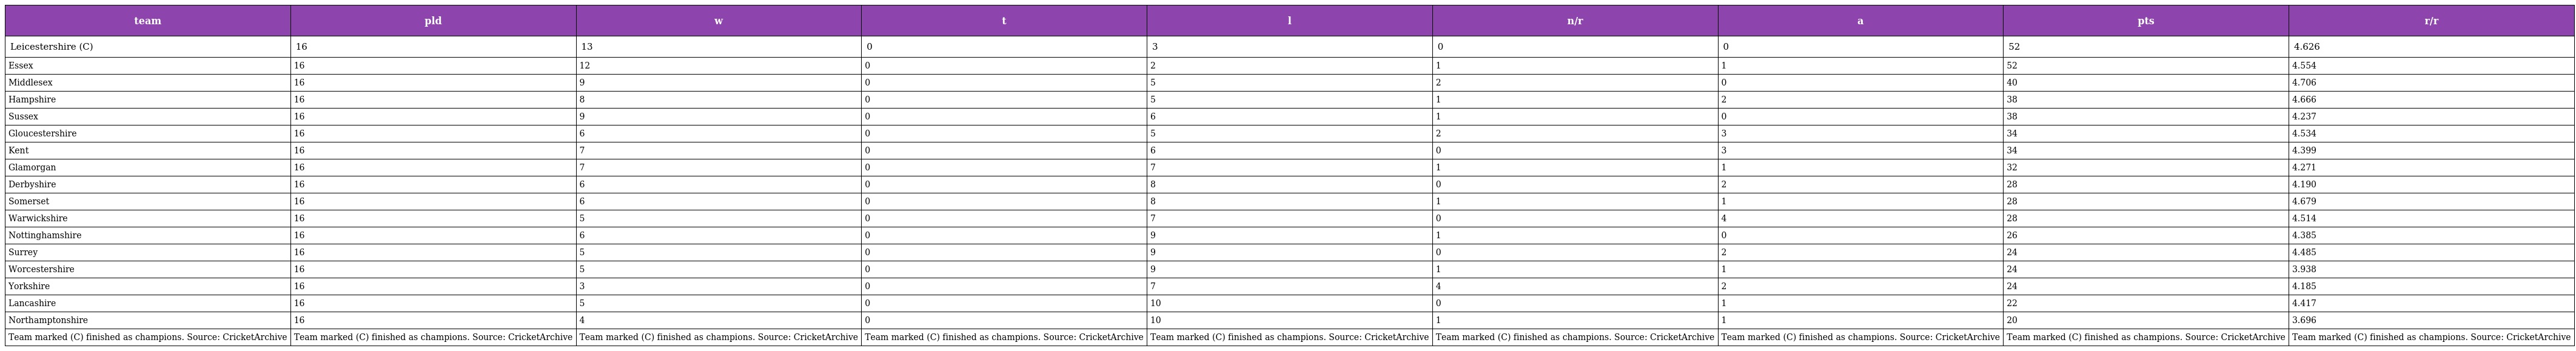
| team | pld | w | t | l | n/r | a | pts | r/r |
 | --- | --- | --- | --- | --- | --- | --- | --- | --- |
 | Leicestershire (C) | 16 | 13 | 0 | 3 | 0 | 0 | 52 | 4.626 |
 | Essex | 16 | 12 | 0 | 2 | 1 | 1 | 52 | 4.554 |
 | Middlesex | 16 | 9 | 0 | 5 | 2 | 0 | 40 | 4.706 |
 | Hampshire | 16 | 8 | 0 | 5 | 1 | 2 | 38 | 4.666 |
 | Sussex | 16 | 9 | 0 | 6 | 1 | 0 | 38 | 4.237 |
 | Gloucestershire | 16 | 6 | 0 | 5 | 2 | 3 | 34 | 4.534 |
 | Kent | 16 | 7 | 0 | 6 | 0 | 3 | 34 | 4.399 |
 | Glamorgan | 16 | 7 | 0 | 7 | 1 | 1 | 32 | 4.271 |
 | Derbyshire | 16 | 6 | 0 | 8 | 0 | 2 | 28 | 4.190 |
 | Somerset | 16 | 6 | 0 | 8 | 1 | 1 | 28 | 4.679 |
 | Warwickshire | 16 | 5 | 0 | 7 | 0 | 4 | 28 | 4.514 |
 | Nottinghamshire | 16 | 6 | 0 | 9 | 1 | 0 | 26 | 4.385 |
 | Surrey | 16 | 5 | 0 | 9 | 0 | 2 | 24 | 4.485 |
 | Worcestershire | 16 | 5 | 0 | 9 | 1 | 1 | 24 | 3.938 |
 | Yorkshire | 16 | 3 | 0 | 7 | 4 | 2 | 24 | 4.185 |
 | Lancashire | 16 | 5 | 0 | 10 | 0 | 1 | 22 | 4.417 |
 | Northamptonshire | 16 | 4 | 0 | 10 | 1 | 1 | 20 | 3.696 |
 | Team marked (C) finished as champions. Source: CricketArchive | Team marked (C) finished as champions. Source: CricketArchive | Team marked (C) finished as champions. Source: CricketArchive | Team marked (C) finished as champions. Source: CricketArchive | Team marked (C) finished as champions. Source: CricketArchive | Team marked (C) finished as champions. Source: CricketArchive | Team marked (C) finished as champions. Source: CricketArchive | Team marked (C) finished as champions. Source: CricketArchive | Team marked (C) finished as champions. Source: CricketArchive |